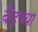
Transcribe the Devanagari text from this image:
बैंड्च्या